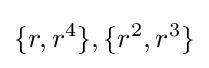
\{r,r^{4}\},\{r^{2},r^{3}\}